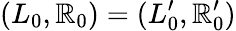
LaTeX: (L_{0},\mathbb{R}_{0})=(L_{0}^{\prime},\mathbb{R}_{0}^{\prime})